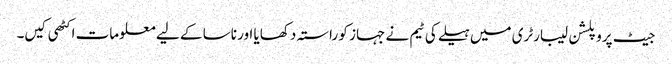
جیٹ پروپلشن لیبارٹری میں ہیلے کی ٹیم نے جہاز کو راستہ دکھایا اور ناسا کے لیے معلومات اکٹھی کیں۔